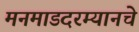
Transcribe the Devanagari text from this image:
मनमाडदरम्यानचे